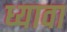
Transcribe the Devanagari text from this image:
ध्यावा